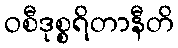
ဝစီဒုစ္စရိတာနီတိ